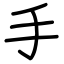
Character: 手